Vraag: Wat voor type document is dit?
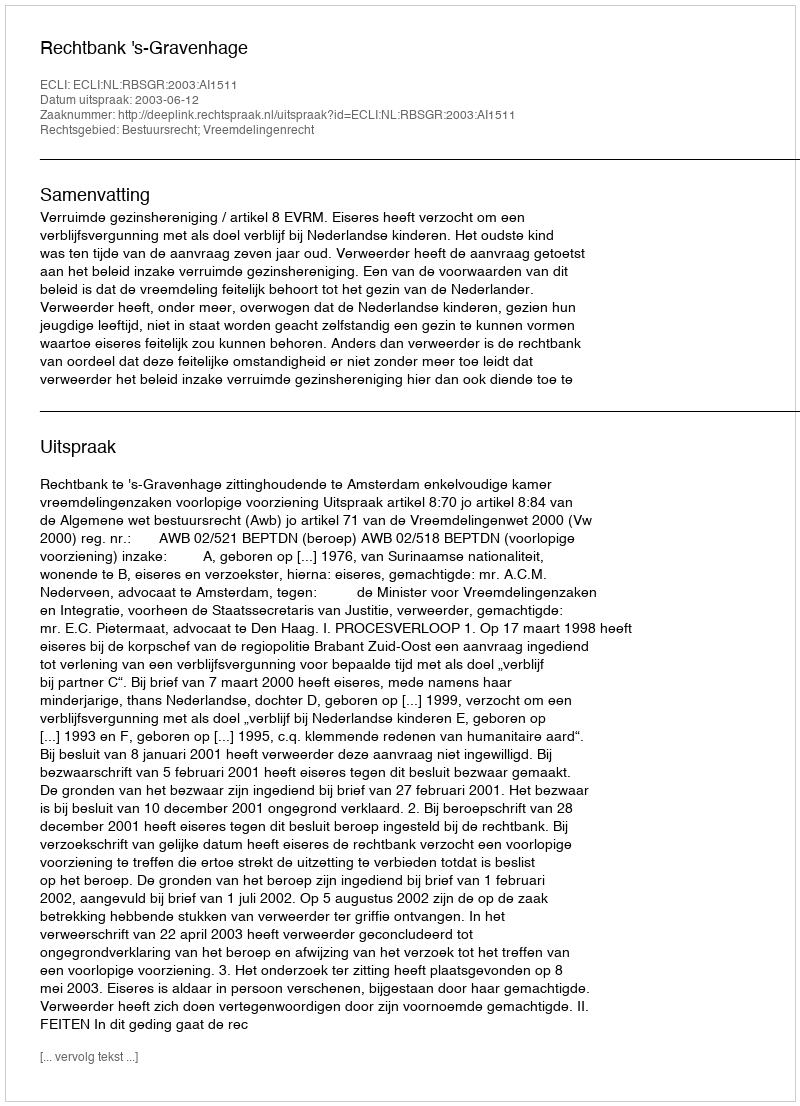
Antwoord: Uitspraak